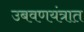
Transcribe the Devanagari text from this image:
उबवणयंत्रात